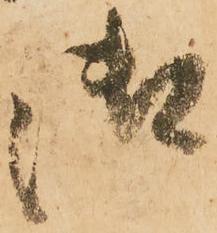
御